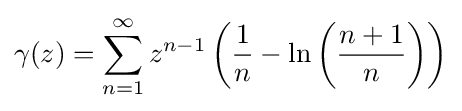
\gamma (z)=\sum _{n=1}^{\infty }z^{n-1}\left({\frac {1}{n}}-\ln \left({\frac {n+1}{n}}\right)\right)